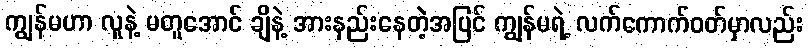
ကျွန်မဟာ လူနဲ့ မတူအောင် ချိနဲ့ အားနည်းနေတဲ့အပြင် ကျွန်မရဲ့ လက်ကောက်ဝတ်မှာလည်း